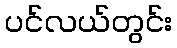
ပင်လယ်တွင်း